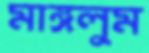
মাঙ্গলুম